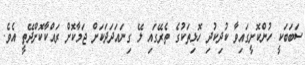
ސަބަބަކީ ހުންކޮށީގައިވާ ކުދިކުދި ހޮޅިތަކުގެ ތެރޭގައި ލޭ ގިނައަދަދަކަށް ޖަމާކޮށް ރައްކާކޮށްދޭތީ އެވެ.